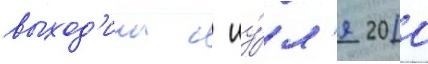
выход'ила с иу́л'я 2010